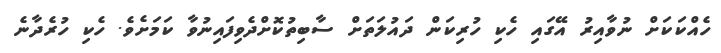
ހެއްކަކަށް ނުވާއިރު އޭގައި ހެކި ހުރިކަން ދައުލަތަށް ސާބިތުކޮށްދެވިފައިނުވާ ކަމަށެވެ. ހެކި ހުރެދާނެ